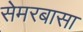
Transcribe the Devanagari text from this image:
सेमरबासा